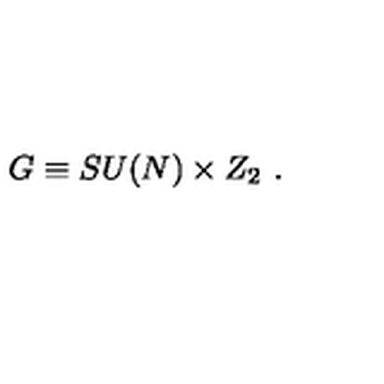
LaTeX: G \equiv S U ( N ) \times Z _ { 2 } \ .